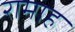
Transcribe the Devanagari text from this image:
रामाह